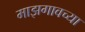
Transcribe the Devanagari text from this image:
माझगावच्या